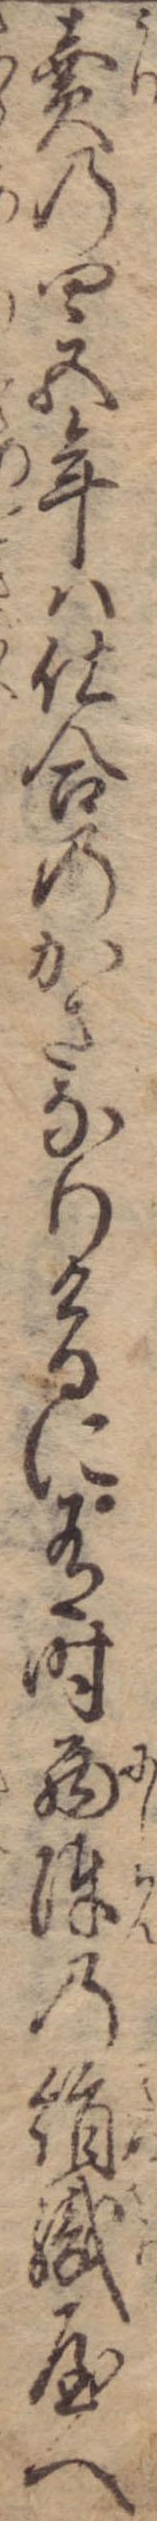
売の四五年は仕合のかさなりけるに有時西陣の絹織屋へ